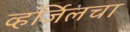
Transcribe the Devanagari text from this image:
व्हर्जिलचा